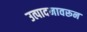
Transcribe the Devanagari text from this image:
उत्पादनावरून